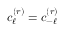
c _ { \ell } ^ { ( r ) } = c _ { - \ell } ^ { ( r ) }